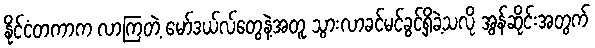
နိုင်ငံတကာက လာကြတဲ့ မော်ဒယ်လ်တွေနဲ့အတူ သွားလာခင်မင်ခွင့်ရှိခဲ့သလို အွန်ဆိုင်းအတွက်